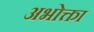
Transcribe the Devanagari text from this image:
अभोक्ता